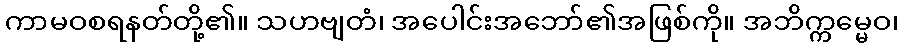
ကာမဝစရနတ်တို့၏။ သဟဗျတံ၊ အပေါင်းအဘော်၏အဖြစ်ကို။ အဘိက္ကမ္မေဝ၊